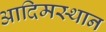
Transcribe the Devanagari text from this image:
आदिमस्थान